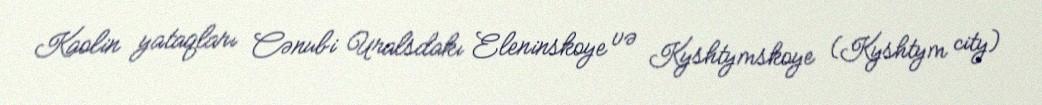
Kaolin yataqları Cənubi Uralsdakı Eleninskoye və Kyshtymskoye (Kyshtym city)